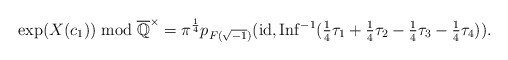
\begin{align*} \exp(X(c_1)) \bmod \overline{\mathbb Q}^\times =\pi^{\frac{1}{4}}p_{F(\sqrt{-1})}(\mathrm{id},\mathrm{Inf}^{-1}(\tfrac{1}{4}\tau_1+\tfrac{1}{4}\tau_2-\tfrac{1}{4}\tau_3-\tfrac{1}{4}\tau_4)).\end{align*}